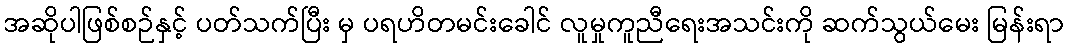
အဆိုပါဖြစ်စဉ်နှင့် ပတ်သက်ပြီး မှ ပရဟိတမင်းခေါင် လူမှုကူညီရေးအသင်းကို ဆက်သွယ်မေး မြန်းရာ